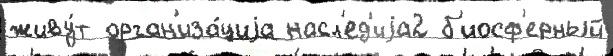
живу́т орган'иза́циjа насл'ед'иjа2 б'иосф'ерный